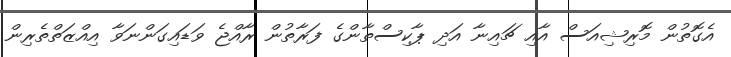
އެގޮތުން މޮރިޝިއަސް އާއި ޗައިނާ އަދި ޕާކިސްތާންގެ ފަރާތުން ރާއްޖެ ވަޑައިގަންނަވާ އިއްޒަތްތެރިން